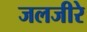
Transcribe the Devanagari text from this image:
जलजीरे